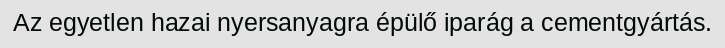
Az egyetlen hazai nyersanyagra épülő iparág a cementgyártás.